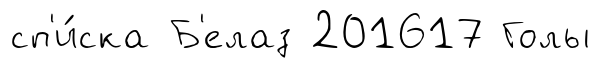
сп'и́ска Б'елаз 201617 Голы